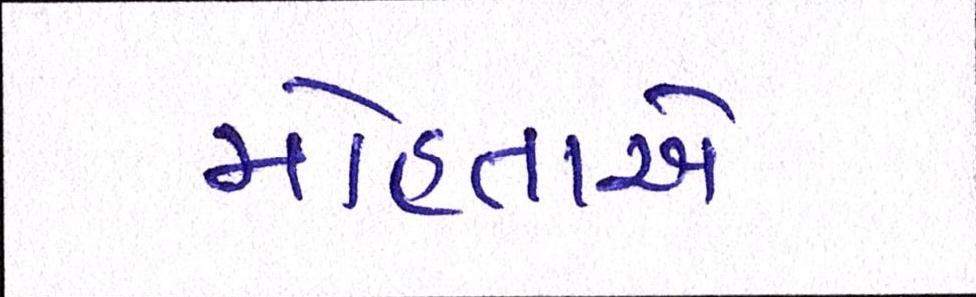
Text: મોહતાએ